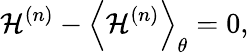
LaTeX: \mathcal{H}^{(n)}-\left<{\mathcal{H}^{(n)}}\right>_{\theta}=0,